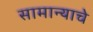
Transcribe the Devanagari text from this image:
सामान्याचे